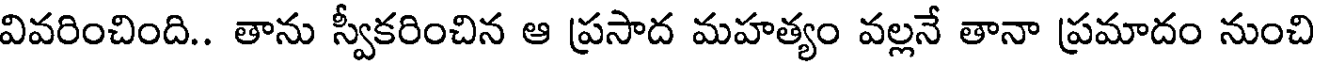
వివరించింది.. తాను స్వీకరించిన ఆ ప్రసాద మహత్యం వల్లనే తానా ప్రమాదం నుంచి